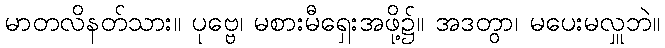
မာတလိနတ်သား။ ပုဗ္ဗေ၊ မစားမီရှေးအဖို့၌။ အဒတွာ၊ မပေးမလှူဘဲ။